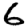
Digit: 6